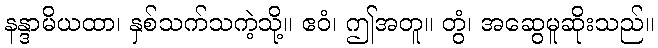
နန္ဒာမိယထာ၊ နှစ်သက်သကဲ့သို့။ ဧဝံ၊ ဤအတူ။ တွံ၊ အဆွေမူဆိုးသည်။